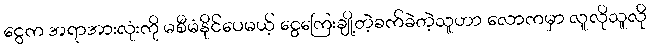
ငွေက အရာအားလုံးကို မစီမံနိုင်ပေမယ့် ငွေကြေးချို့တဲ့ခက်ခဲတဲ့သူဟာ လောကမှာ လူလိုသူလို